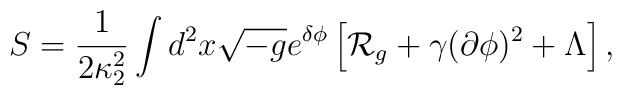
S={1\over{2\kappa^2_2}}\int d^2x\sqrt{-g}e^{\delta\phi}\left[{\cal R}_g+\gamma(\partial\phi)^2+\Lambda\right],